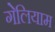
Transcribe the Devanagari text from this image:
गेलियाम